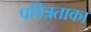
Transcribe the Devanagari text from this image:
पवित्रताका